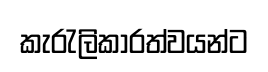
කැරැලිකාරත්වයන්ට